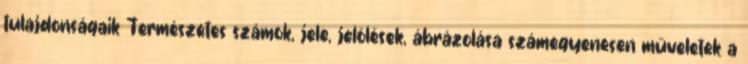
tulajdonságaik Természetes számok, jele, jelölések, ábrázolása számegyenesen műveletek a